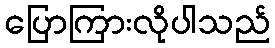
ပြောကြားလိုပါသည်